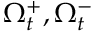
\Omega _ { t } ^ { + } , \Omega _ { t } ^ { - }